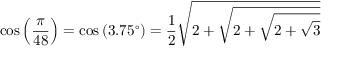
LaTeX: \cos \left( { \frac { \pi } { 4 8 } } \right) = \cos \left( 3 . 7 5 ^ { \circ } \right) = { \frac { 1 } { 2 } } { \sqrt { 2 + { \sqrt { 2 + { \sqrt { 2 + { \sqrt { 3 } } } } } } } }